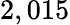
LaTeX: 2,015